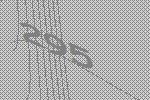
295